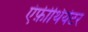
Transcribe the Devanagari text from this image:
एंफ़ीथियेटर